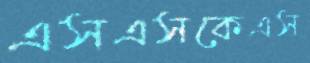
এসএসকেএস